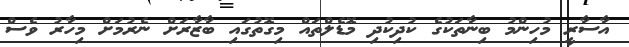
އާސާރީ މުހިންމު ބިނާތަކުގެ ކުދިކުދި މޮޑެލްތައް މިގޮތުގައި ބާޒާރަށް ނެރުމަށް މިހާރު ވެސް